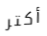
أكتر